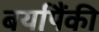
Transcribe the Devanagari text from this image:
बर्यापैंकी